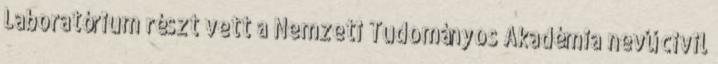
Laboratórium részt vett a Nemzeti Tudományos Akadémia nevű civil